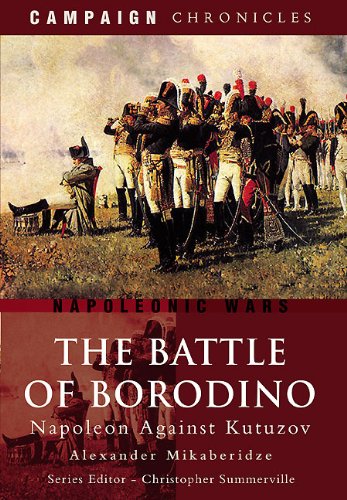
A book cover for The Battle of Borodino: Napoleon Against Kutuzov (Campaign Chronicles); Alexander Mikaberidze; History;